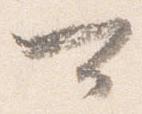
可